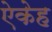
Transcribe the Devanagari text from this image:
ऐकेह